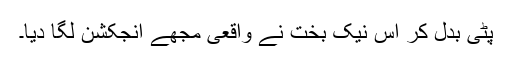
پٹی بدل کر اس نیک بخت نے واقعی مجھے انجکشن لگا دیا۔